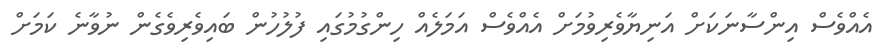
އެއްވެސް އިންސާނަކަށް އަނިޔާވެރިވުމަށް އެއްވެސް އަމަލެއް ހިންގުމުގައި ފުލުހުން ބައިވެރިވެގެން ނުވާނެ ކަމަށް